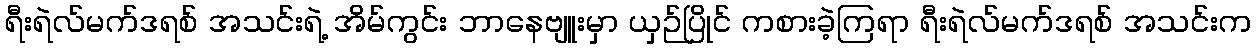
ရီးရဲလ်မက်ဒရစ် အသင်းရဲ့ အိမ်ကွင်း ဘာနေဗျူးမှာ ယှဉ်ပြိုင် ကစားခဲ့ကြရာ ရီးရဲလ်မက်ဒရစ် အသင်းက